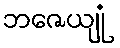
ဘဇေယျုံ